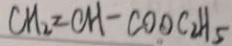
C H _ { 2 } = C H - C O O C _ { 2 } H _ { 5 }